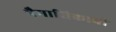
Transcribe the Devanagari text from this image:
त्रैमासिकाची